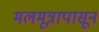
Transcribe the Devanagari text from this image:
मलमूत्रापासून